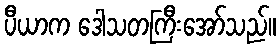
ပီယာက ဒေါသတကြီးအော်သည်။